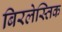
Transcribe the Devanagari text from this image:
बिरलेस्तिक